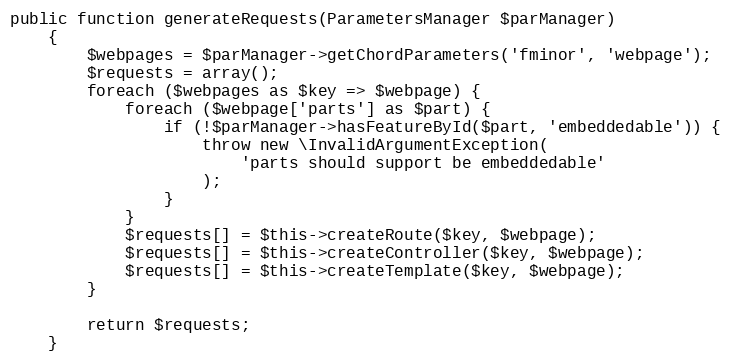
Language: PHP
public function generateRequests(ParametersManager $parManager)
    {
        $webpages = $parManager->getChordParameters('fminor', 'webpage');
        $requests = array();
        foreach ($webpages as $key => $webpage) {
            foreach ($webpage['parts'] as $part) {
                if (!$parManager->hasFeatureById($part, 'embeddedable')) {
                    throw new \InvalidArgumentException(
                        'parts should support be embeddedable'
                    );
                }
            }
            $requests[] = $this->createRoute($key, $webpage);
            $requests[] = $this->createController($key, $webpage);
            $requests[] = $this->createTemplate($key, $webpage);
        }

        return $requests;
    }